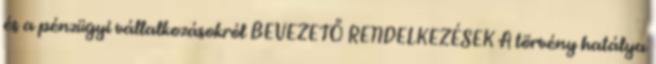
és a pénzügyi vállalkozásokról BEVEZETŐ RENDELKEZÉSEK A törvény hatálya